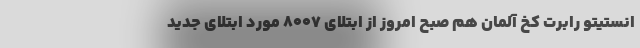
انستیتو رابرت کخ آلمان هم صبح امروز از ابتلای 8007 مورد ابتلای جدید